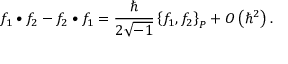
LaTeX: f _ { 1 } \bullet f _ { 2 } - f _ { 2 } \bullet f _ { 1 } = \frac { \hbar } { 2 \sqrt { - 1 } } \left\{ f _ { 1 } , f _ { 2 } \right\} _ { P } + O \left( \hbar ^ { 2 } \right) .